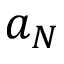
a _ { N }